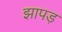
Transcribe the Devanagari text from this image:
झापड़